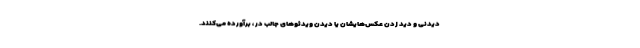
دیدنی و دید زدن عکس‌هایشان یا دیدن ویدئوهای جالب در ، برآورده می‌کنند.